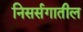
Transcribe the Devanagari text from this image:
निसर्सगातील